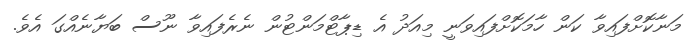
މަނާކޮށްފައިވާ ކަން ހާމަކޮށްފައިވަނީ މިއަދު އެ ޑިޕާޓްމަންޓުން ނެރެފައިވާ ނޫސް ބަޔާނެއްގަ އެވެ.